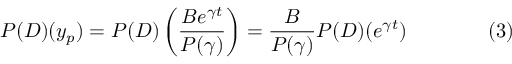
P ( D ) ( y _ { p } ) = P ( D ) \left( { \frac { B e ^ { \gamma t } } { P ( \gamma ) } } \right) = { \frac { B } { P ( \gamma ) } } P ( D ) ( e ^ { \gamma t } ) \qquad \qquad ( 3 )